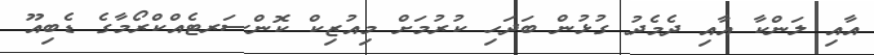
އާއި ލަންކާ އާއި ދެމެދު ގުޅުން ބަދަހި ކުރުމަށް މިއުޒިކް ކޮންސަރޓެއްކްރޯމާގެ ޑެބިއޫ